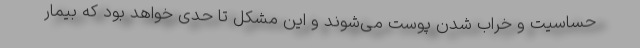
حساسیت و خراب شدن پوست می‌شوند و این مشکل تا حدی خواهد بود که بیمار